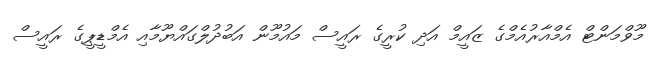
މޫވްމަންޓް އެމްއާރުއެމްގެ ޒައީމް އަދި ކުރީގެ ރައީސް މައުމޫން އަބުދުލްގައްޔޫމާއި އެމްޑީޕީގެ ރައީސް